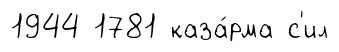
1944 1781 каза́рма с'ил